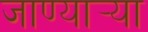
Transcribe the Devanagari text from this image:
जाण्यार्‍या